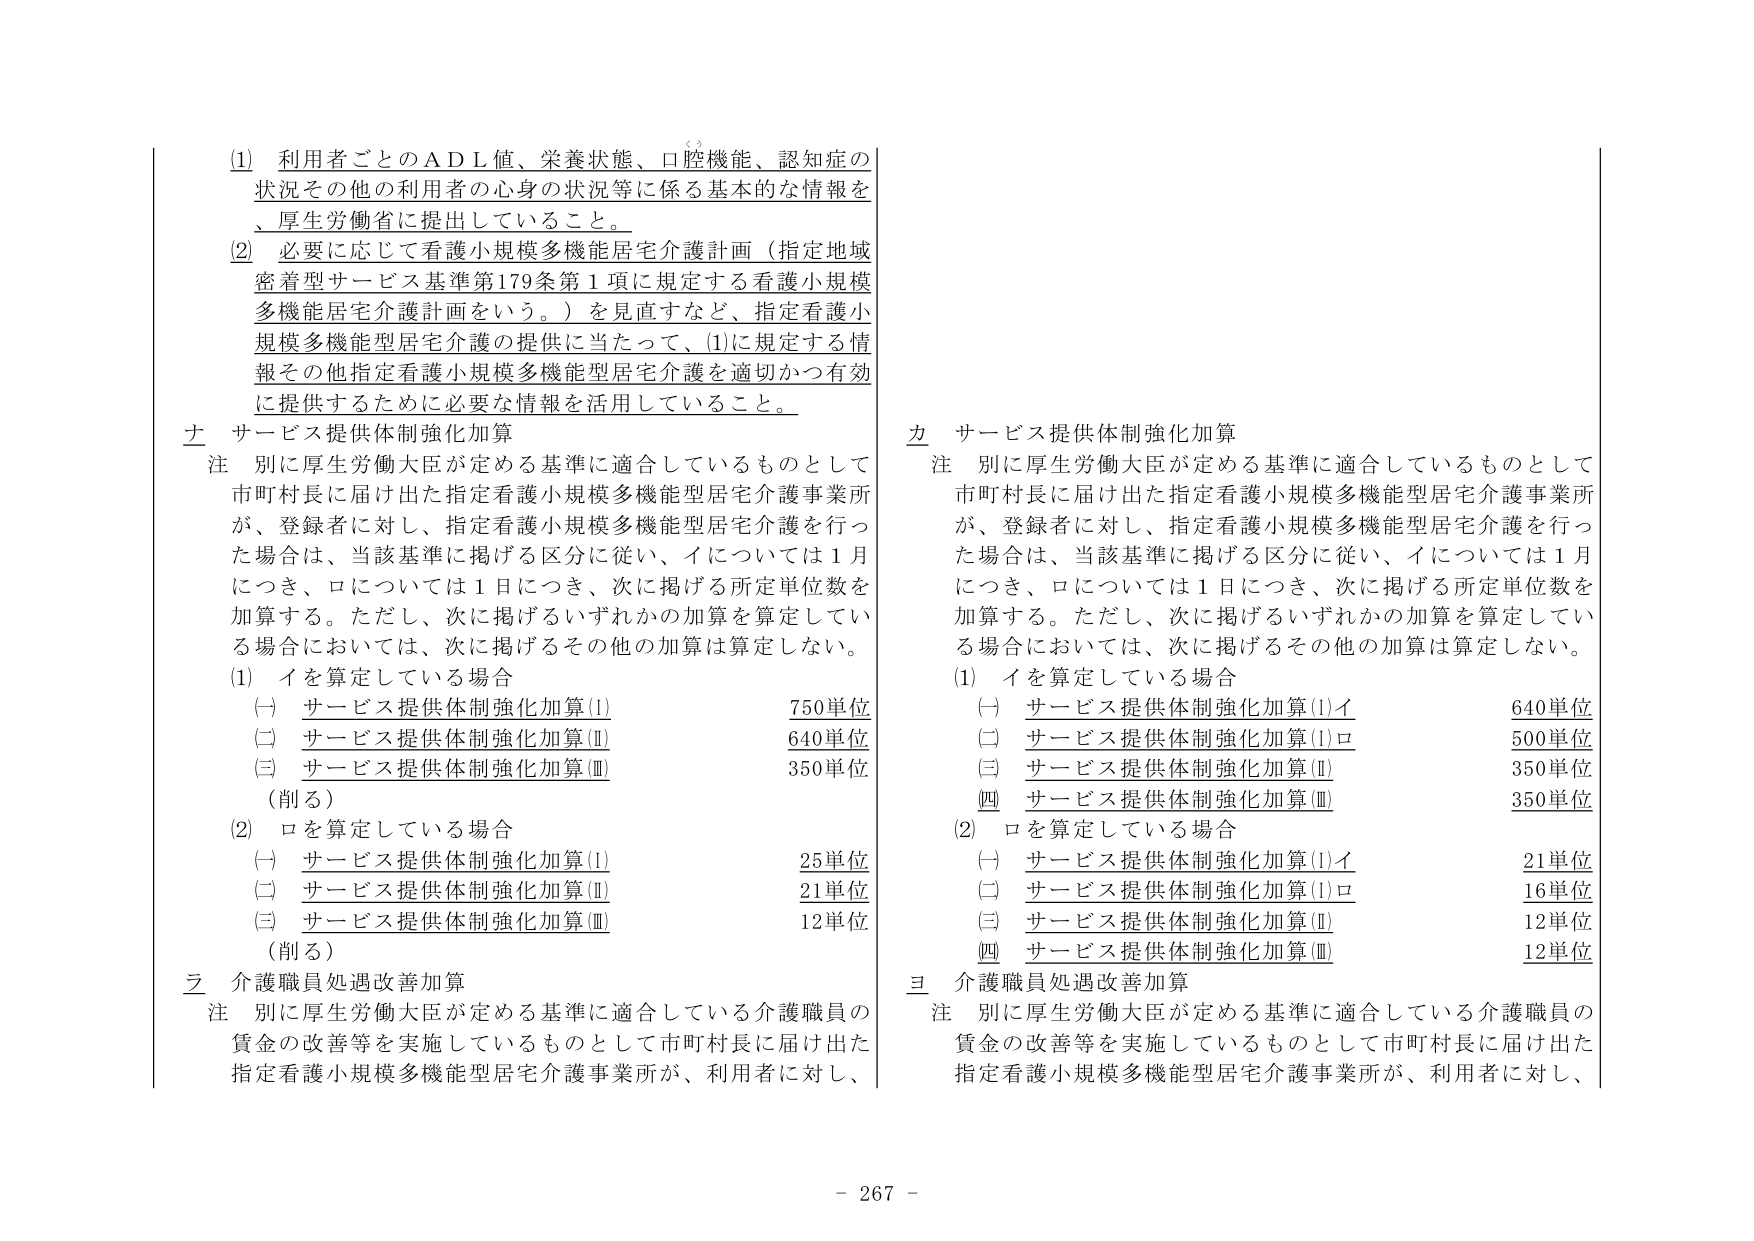
(1) 利用者ごとのＡＤＬ値、栄養状態、口腔機能、認知症の状況その他の利用者の心身の状況等に係る基本的な情報を、厚生労働省に提出していること。

(2) 必要に応じて看護小規模多機能居宅介護計画（指定地域密着型サービス基準第179条第1項に規定する看護小規模多機能居宅介護計画をいう。）を見直すなど、指定看護小規模多機能型居宅介護の提供に当たって、(1)に規定する情報その他指定看護小規模多機能型居宅介護を適切かつ有効に提供するために必要な情報を活用していること。

土 サービス提供体制強化加算
注 別に厚生労働大臣が定める基準に適合しているものとして市町村長に届け出た指定看護小規模多機能型居宅介護事業所が、登録者に対し、指定看護小規模多機能型居宅介護を行った場合は、当該基準に掲げる区分に従い、イについては1月につき、ロについては1日につき、次に掲げる所定単位数を加算する。ただし、次に掲げるいずれかの加算を算定している場合においては、次に掲げるその他の加算は算定しない。

(1) イを算定している場合
(一) サービス提供体制強化加算(Ⅰ) 750単位
(二) サービス提供体制強化加算(Ⅱ) 640単位
(三) サービス提供体制強化加算(Ⅲ) 350単位
（削る）

(2) ロを算定している場合
(一) サービス提供体制強化加算(Ⅰ) 25単位
(二) サービス提供体制強化加算(Ⅱ) 21単位
(三) サービス提供体制強化加算(Ⅲ) 12単位
（削る）

乙 介護職員処遇改善加算
注 別に厚生労働大臣が定める基準に適合している介護職員の賃金の改善等を実施しているものとして市町村長に届け出た指定看護小規模多機能型居宅介護事業所が、利用者に対し、

カ サービス提供体制強化加算
注 別に厚生労働大臣が定める基準に適合しているものとして市町村長に届け出た指定看護小規模多機能型居宅介護事業所が、登録者に対し、指定看護小規模多機能型居宅介護を行った場合は、当該基準に掲げる区分に従い、イについては1月につき、ロについては1日につき、次に掲げる所定単位数を加算する。ただし、次に掲げるいずれかの加算を算定している場合においては、次に掲げるその他の加算は算定しない。

(1) イを算定している場合
(一) サービス提供体制強化加算(Ⅰ)イ 640単位
(二) サービス提供体制強化加算(Ⅰ)ロ 500単位
(三) サービス提供体制強化加算(Ⅱ) 350単位
(四) サービス提供体制強化加算(Ⅲ) 350単位

(2) ロを算定している場合
(一) サービス提供体制強化加算(Ⅰ)イ 21単位
(二) サービス提供体制強化加算(Ⅰ)ロ 16単位
(三) サービス提供体制強化加算(Ⅱ) 12単位
(四) サービス提供体制強化加算(Ⅲ) 12単位

三 介護職員処遇改善加算
注 別に厚生労働大臣が定める基準に適合している介護職員の賃金の改善等を実施しているものとして市町村長に届け出た指定看護小規模多機能型居宅介護事業所が、利用者に対し、

- 267 -